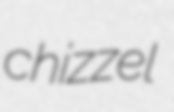
chizzel